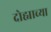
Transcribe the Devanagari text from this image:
दोह्याच्या